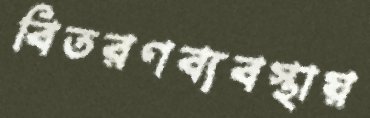
বিতরণব্যবস্থায়